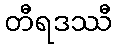
တီရဒဿီ